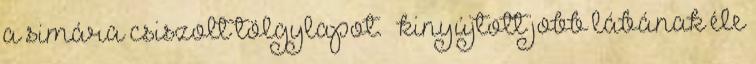
a simára csiszolt tölgylapot. – kinyújtott jobb lábának éle